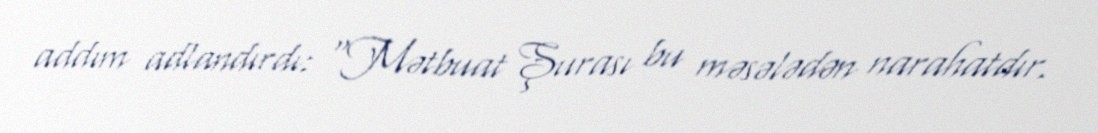
addım adlandırdı: “Mətbuat Şurası bu məsələdən narahatdır.